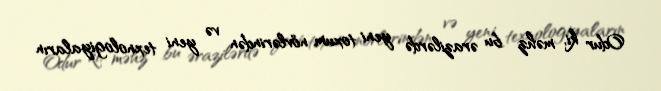
Odur ki, məhz bu ərazilərdə yeni toxum növlərindən və yeni texnologiyaların